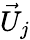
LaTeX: \vec{U}_{j}